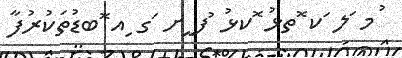
ުމ ަލ ަކ ޮތޅު ޮކޅު ުފ ީށ ަގ ިއ ޮބޑުތަކުރުފާ